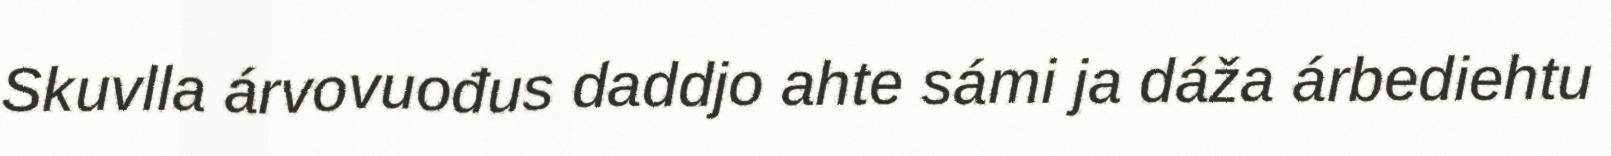
Skuvlla árvovuođus daddjo ahte sámi ja dáža árbediehtu